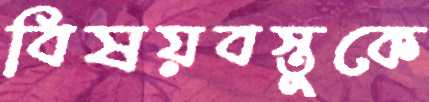
বিষয়বস্তুকে